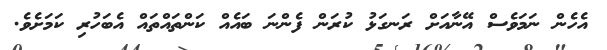
އެހެން ނަމަވެސް އޭނާއަށް ރަނގަޅު ކުރަން ފެންނަ ބައެއް ކަންތައްތައް އެބަހުރި ކަމަށެވެ.